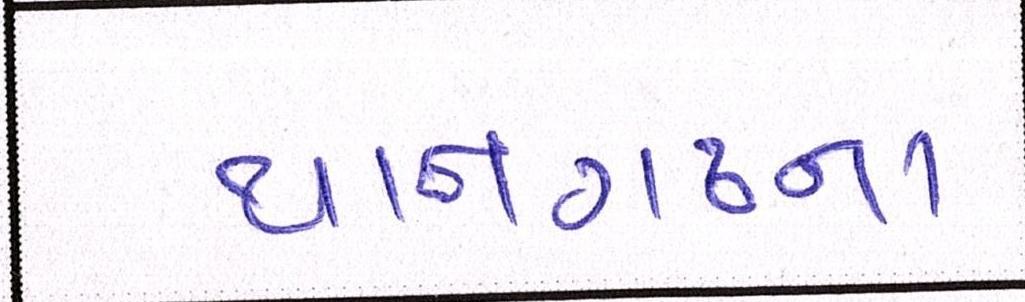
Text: થાનગઢના